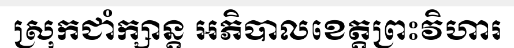
ស្រុកជាំក្សាន្ត អភិបាលខេត្តព្រះវិហារ